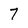
Character: 7